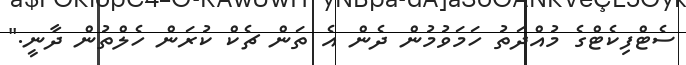
ސެޓްފިކެޓްގެ މުއްދަތު ހަމަވުމުން ދެން އެ ތަން ޗެކް ކުރަން ހެލްތުން ދާނީ."